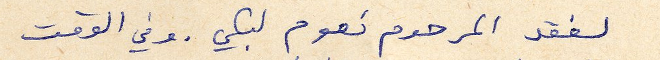
لفقد المرحوم نعوم لبكي. وفي الوقت